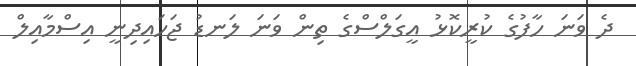
ދެ ވަނަ ހާފުގެ ކުރީކޮޅު އީގަލްސްގެ ތިން ވަނަ ލަނޑު ޖަހައިދިނީ އިސްމާއިލް